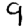
Digit: 9